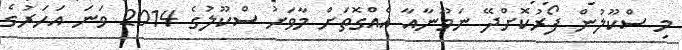
މި ސްކޫލުން ފޯރުކޮށްދޭ ނަމޫނާއާ އެއްގޮތަށް މާވަށު ސްކޫލުގެ 2014 ވަނަ އަހަރުގެ